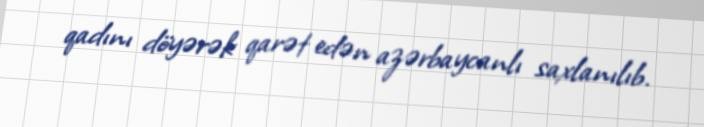
qadını döyərək qarət edən azərbaycanlı saxlanılıb.